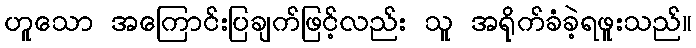
ဟူသော အကြောင်းပြချက်ဖြင့်လည်း သူ အရိုက်ခံခဲ့ရဖူးသည်။